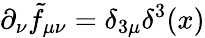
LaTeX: \partial_{\nu}\tilde{f}_{\mu\nu}=\delta_{3\mu}\delta^{3}(x)